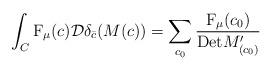
LaTeX: \begin{align*}\int_{C}\mathrm{F}_{\mu}(c)\mathcal{D}\delta_{\bar{c}}(M(c))=\sum_{c_0}\frac{\mathrm{F}_{\mu}(c_0)}{\mathrm{Det}M'_{(c_0)}}\end{align*}